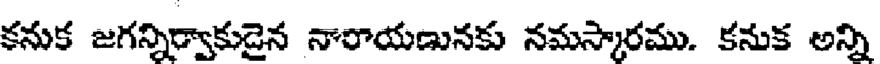
కనుక జగన్నిర్వాకుడైన నారాయణునకు నమస్కారము. కనుక అన్ని